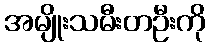
အမျိုးသမီးတဦးကို